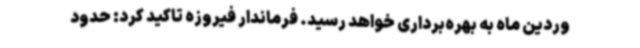
وردین‌ ماه به بهره‌برداری خواهد رسید. فرماندار فیروزه تاکید کرد: حدود